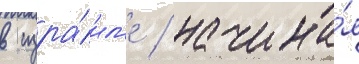
в изра́ил'е / начина́я